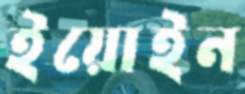
ইয়োইন